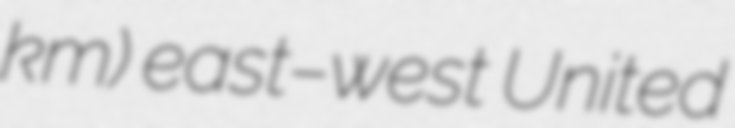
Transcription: km) east–west United